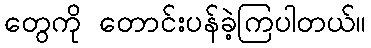
တွေကို တောင်းပန်ခဲ့ကြပါတယ်။